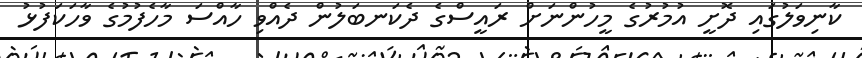
ކާނިވަލުގައި ދޮށީ އުމުރުގެ މީހުންނަށް ރައީސްގެ ދެކަނބަލުން ދެއްވި ހާއްސަ މާހެފުމުގެ ވާހަކަފުޅު